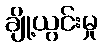
ချို့ယွင်းမှု